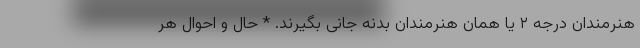
هنرمندان درجه ٢ یا همان هنرمندان بدنه جانی بگیرند. * حال و احوال هر